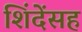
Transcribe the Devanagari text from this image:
शिंदेंसह